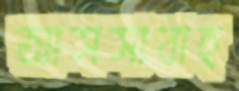
আসসাবাহ